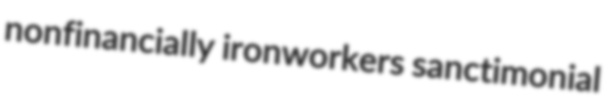
nonfinancially ironworkers sanctimonial